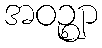
အဝဉ္ဈာ